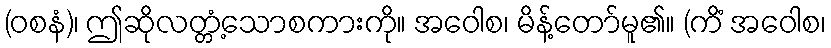
(ဝစနံ)၊ ဤဆိုလတ္တံ့သောစကားကို။ အဝေါစ၊ မိန့်တော်မူ၏။ (ကိံ အဝေါစ၊